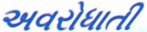
અવરોધાતી